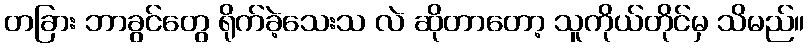
တခြား ဘာခွင်တွေ ရိုက်ခဲ့သေးသ လဲ ဆိုတာတော့ သူကိုယ်တိုင်မှ သိမည်။